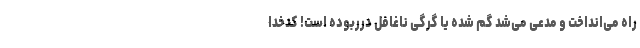
راه می‌انداخت و مدعی می‌شد گم شده یا گرگی ناغافل درربوده است! کدخدا